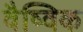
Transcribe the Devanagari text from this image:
वैष्विक